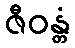
ဇီဝန္တံ